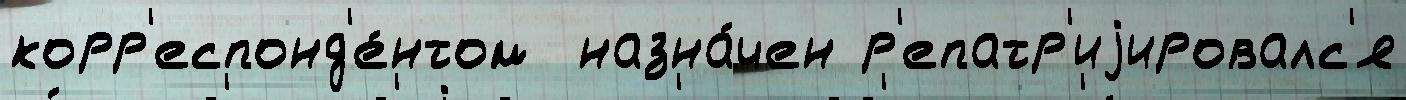
корр'еспонд'е́нтом  назна́чен р'епатр'иjировалс'я